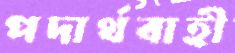
পদার্থবাহী